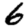
Digit: 6